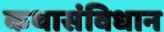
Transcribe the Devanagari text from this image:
कथासंविधान